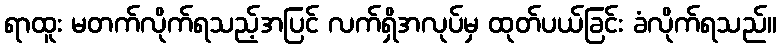
ရာထူး မတက်လိုက်ရသည့်အပြင် လက်ရှိအလုပ်မှ ထုတ်ပယ်ခြင်း ခံလိုက်ရသည်။